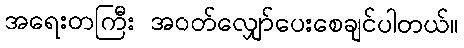
အရေးတကြီး အဝတ်လျှော်ပေးစေချင်ပါတယ်။